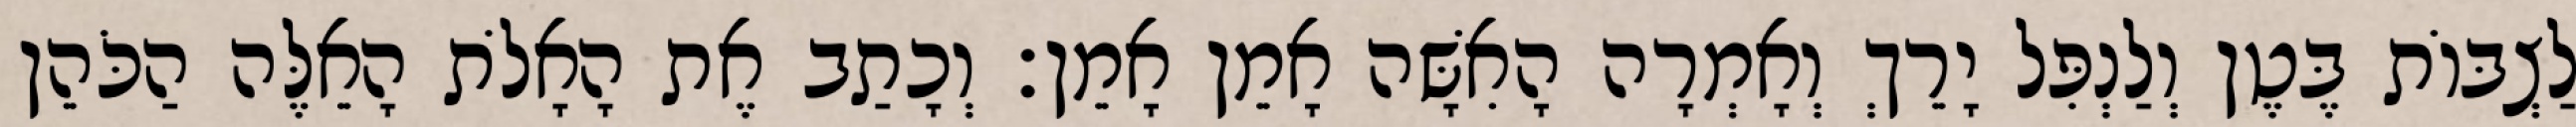
לַצְבּוֹת בֶּטֶן וְלַנְפִּל יָרֵךְ וְאָמְרָה הָאִשָּׁה אָמֵן אָמֵן׃ וְכָתַב אֶת הָאָלֹת הָאֵלֶּה הַכֹּהֵן